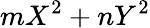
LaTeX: mX^{2}+nY^{2}